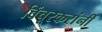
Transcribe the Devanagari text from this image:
विंचूरकरांनीं